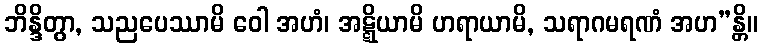
ဘိန္ဒိတွာ, သညပေဿာမိ ဝေါ အဟံ၊ အဋ္ဋိယာမိ ဟရာယာမိ, သရာဂမရဏံ အဟ”န္တိ။